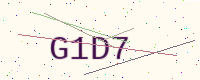
Text: G1D7